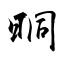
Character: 晍